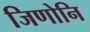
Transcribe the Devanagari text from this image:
जिणोनि